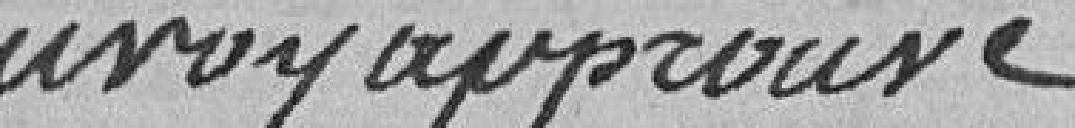
Tauvoy approuvé